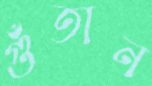
গুঁতান